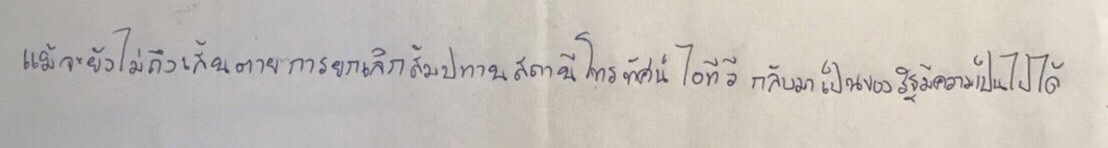
แม้จะยังไม่ถึงเส้นตายการยกเลิกสัมปทานสถานีโทรทัศน์ไอทีวีกลับมาเป็นของรัฐมีความเป็นไปได้